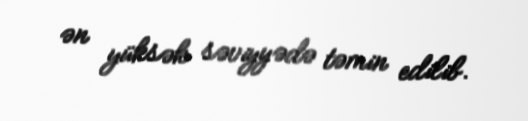
ən yüksək səviyyədə təmin edilib.